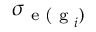
\sigma _ { \textrm { e ( g } _ { i } ) }